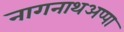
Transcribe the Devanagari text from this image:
नागनाथअप्पा